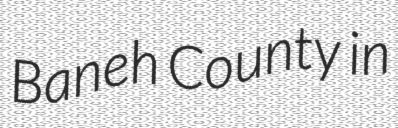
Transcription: Baneh County in